Leprosy in India: report of the Leprosy Commission in India, 1890-91
Year: 1890
Disease focus: Leprosy
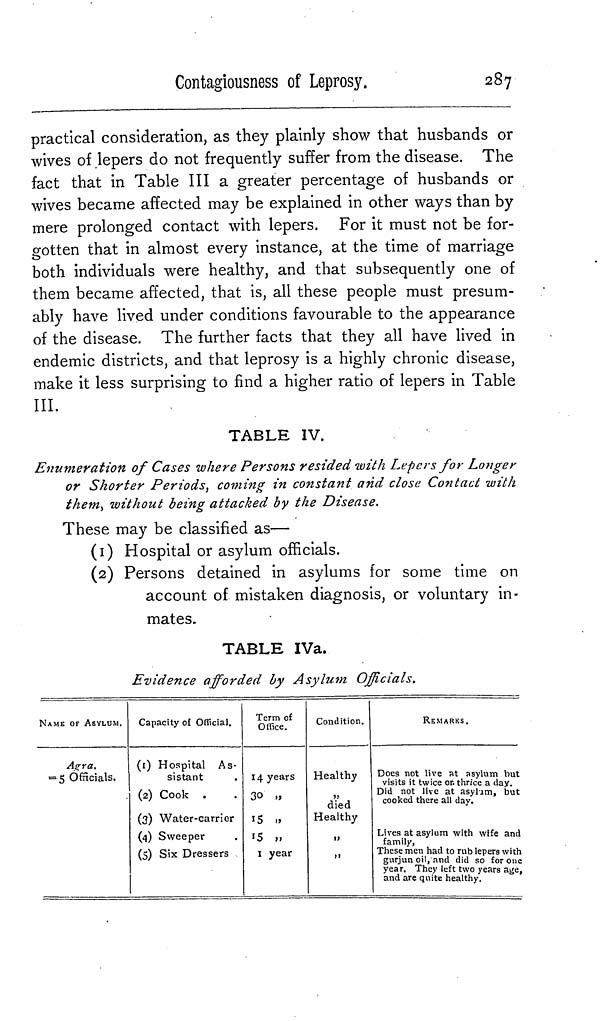
Contagiousness of Leprosy.
287
practical consideration, as they plainly show that husbands or
wives of lepers do not frequently suffer from the disease. The
fact that in Table III a greater percentage of husbands or
wives became affected may be explained in other ways than by
mere prolonged contact with lepers. For it must not be for-
gotten that in almost every instance, at the time of marriage
both individuals were healthy, and that subsequently one of
them became affected, that is, all these people must presum-
ably have lived under conditions favourable to the appearance
of the disease. The further facts that they all have lived in
endemic districts, and that leprosy is a highly chronic disease,
make it less surprising to find a higher ratio of lepers in Table
III.
TABLE IV.
Enumeration of Cases where Persons resided with Lepers for Longer
or Shorter Periods, coming in constant and close Contact with
them, without being attacked by the Disease.
These may be classified as—
(1) Hospital or asylum officials.
(2) Persons detained in asylums for some time on
account of mistaken diagnosis, or voluntary in-
mates.
TABLE IVa.
Evidence afforded by Asylum Officials.
NAME OF ASYLUM.
Agra.
= 5 Officials.
Capacity of Official.
(1) Hospital As-
sistant
(2) Cook .
(3) Water-carrier
(4) Sweeper
(5) Six Dressers
Term of
Office.
14 years
30 „
15 ,,
15 ,,
1 year
Condition.
Healthy
,,
died
Healthy
,,
,,
REMARKS.
Does not live at asylum but
visits it twice or. thrice a day.
Did not live at asylum, but
cooked there all day.
Lives at asylum with wife and
family,
These men had to rub lepers with
gurjun oil, and did so for one
year. They left two years age,
and are quite healthy.